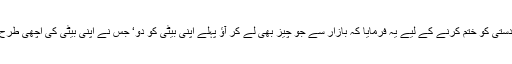
معاشرے میں رائج فرسودہ خیالات اور مردانہ بالادستی کو ختم کرنے کے لیے یہ فرمایا کہ بازار سے جو چیز بھی لے کر آؤ پہلے اپنی بیٹی کو دو‘ جس نے اپنی بیٹی کی اچھی طرح تربیت کر کے اس کی شادی کر دی وہ جنّتی ہے۔